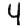
Digit: 4